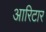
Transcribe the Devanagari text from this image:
आरिटार